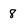
Character: 8